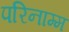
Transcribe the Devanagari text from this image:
परिनाम्म